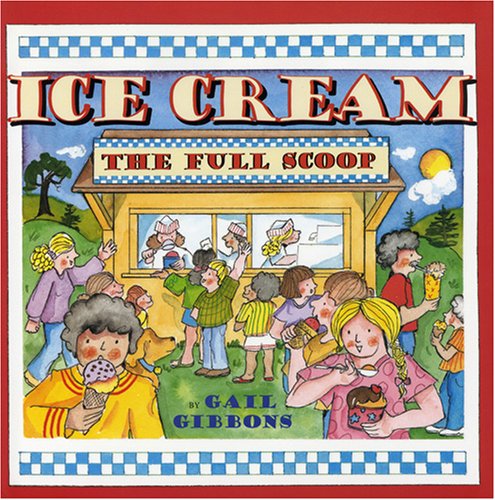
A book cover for Ice Cream: The Full Scoop; Gail Gibbons; Children's Books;